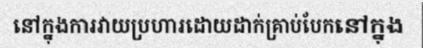
នៅក្នុងការវាយប្រហារដោយដាក់គ្រាប់បែកនៅក្នុង